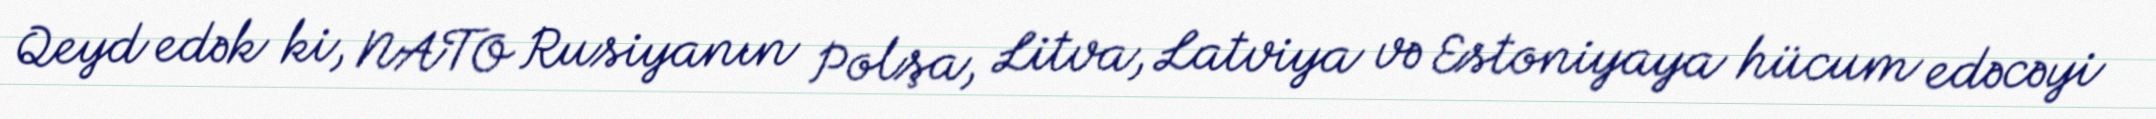
Qeyd edək ki, NATO Rusiyanın Polşa, Litva, Latviya və Estoniyaya hücum edəcəyi